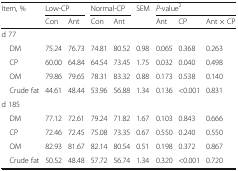
<table><thead><tr><td rowspan="2"><b>Item, %</b></td><td colspan="2"><b>Low-CP</b></td><td colspan="2"><b>Normal-CP</b></td><td rowspan="2"><b>SEM</b></td><td colspan="3"><b><i>P-</i>value<sup>2</sup></b></td></tr><tr><td><b>Con</b></td><td><b>Ant</b></td><td><b>Con</b></td><td><b>Ant</b></td><td><b>Ant</b></td><td><b>CP</b></td><td><b>Ant × CP</b></td></tr></thead><tbody><tr><td colspan="9">d 77</td></tr><tr><td> DM</td><td>75.24</td><td>76.73</td><td>74.81</td><td>80.52</td><td>0.98</td><td>0.065</td><td>0.368</td><td>0.263</td></tr><tr><td> CP</td><td>60.00</td><td>64.84</td><td>64.54</td><td>73.45</td><td>1.75</td><td>0.032</td><td>0.040</td><td>0.498</td></tr><tr><td> OM</td><td>79.86</td><td>79.65</td><td>78.31</td><td>83.32</td><td>0.88</td><td>0.173</td><td>0.538</td><td>0.140</td></tr><tr><td> Crude fat</td><td>44.61</td><td>48.44</td><td>53.96</td><td>56.88</td><td>1.34</td><td>0.136</td><td>&lt;0.001</td><td>0.831</td></tr><tr><td colspan="9">d 185</td></tr><tr><td> DM</td><td>77.12</td><td>72.61</td><td>79.24</td><td>71.82</td><td>1.67</td><td>0.103</td><td>0.843</td><td>0.666</td></tr><tr><td> CP</td><td>72.46</td><td>72.45</td><td>75.08</td><td>73.35</td><td>0.67</td><td>0.550</td><td>0.240</td><td>0.550</td></tr><tr><td> OM</td><td>82.93</td><td>81.67</td><td>82.14</td><td>80.54</td><td>0.51</td><td>0.198</td><td>0.372</td><td>0.867</td></tr><tr><td> Crude fat</td><td>50.52</td><td>48.48</td><td>57.72</td><td>56.74</td><td>1.34</td><td>0.320</td><td>&lt;0.001</td><td>0.720</td></tr></tbody></table>